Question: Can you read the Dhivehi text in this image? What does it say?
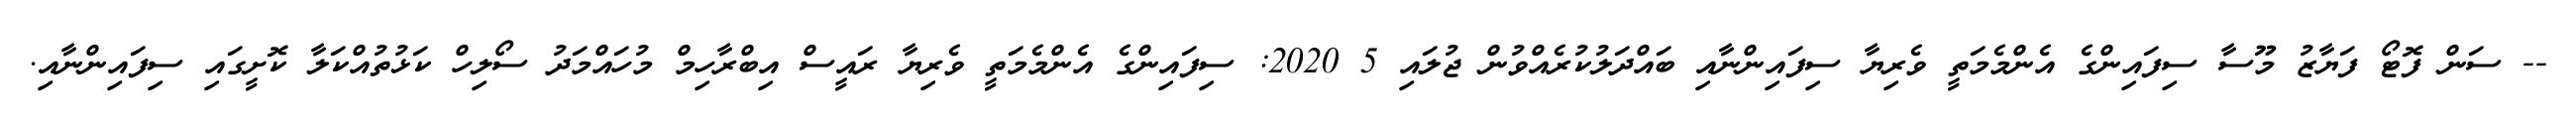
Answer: -- ސަން ފޮޓޯ ފަޔާޒު މޫސާ ސިފައިންގެ އެންމެމަތީ ވެރިޔާ ސިފައިންނާއި ބައްދަލުކުރެއްވުން ޖުލައި 5 2020: ސިފައިންގެ އެންމެމަތީ ވެރިޔާ ރައީސް އިބްރާހިމް މުހައްމަދު ސޯލިހް ކަޅުތުއްކަލާ ކޮށީގައި ސިފައިންނާއި.